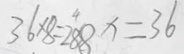
3 6 \times 8 = 2 8 8 x = 3 6